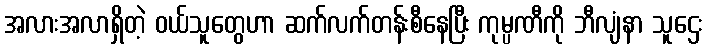
အလားအလာရှိတဲ့ ဝယ်သူတွေဟာ ဆက်လက်တန်းစီနေပြီး ကုမ္ပဏီကို ဘီလျံနာ သူဌေး